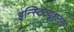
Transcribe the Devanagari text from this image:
इन्स्टिटयूशनस